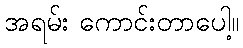
အရမ်း ကောင်းတာပေါ့။